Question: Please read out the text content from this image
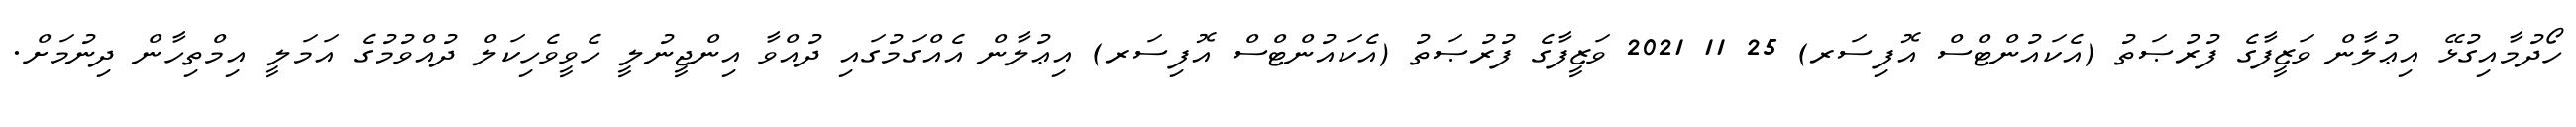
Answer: ހޯދުމާއިގުޅޭ އިޢުލާން ވަޒީފާގެ ފުރުޞަތު (އެކައުންޓްސް އޮފިސަރ) 25 11 2021 ވަޒީފާގެ ފުރުޞަތު (އެކައުންޓްސް އޮފިސަރ) އިޢުލާން އެއްގަމުގައި ދުއްވާ އިންޖީނުލީ ހެވީވެހިކަލް ދުއްވުމުގެ އަމަލީ އިމްތިހާން ދިނުމަށް.